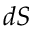
d S